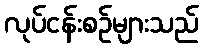
လုပ်ငန်းစဉ်များသည်